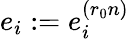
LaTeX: e_{i}:=e_{i}^{(r_{0}n)}